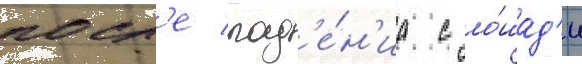
посл'е пад'е́н'иа с ло́шад'и